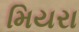
મિયરા